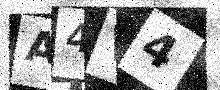
Text: A4V4